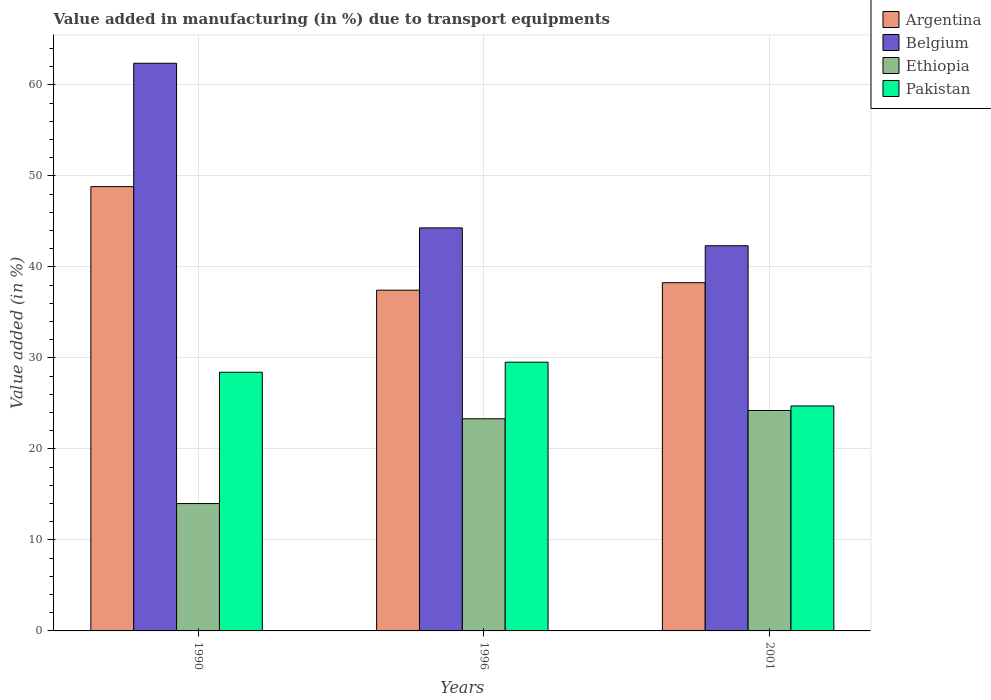
| Years | Argentina | Belgium | Ethiopia | Pakistan |
 | --- | --- | --- | --- | --- |
 | 1990 | 48.8 | 62.4 | 14 | 28.4 |
 | 1996 | 37.4 | 44.3 | 23.3 | 29.5 |
 | 2001 | 38.3 | 42.3 | 24.2 | 24.7 |